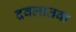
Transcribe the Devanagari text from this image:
दवलातवा